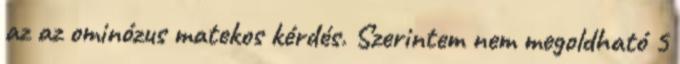
az az ominózus matekos kérdés. Szerintem nem megoldható 5